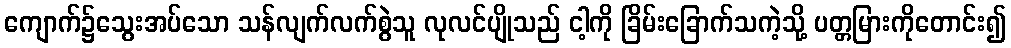
ကျောက်၌သွေးအပ်သော သန်လျက်လက်စွဲသူ လုလင်ပျိုသည် ငါ့ကို ခြိမ်းခြောက်သကဲ့သို့ ပတ္တမြားကိုတောင်း၍